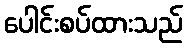
ပေါင်းစပ်ထားသည်